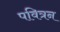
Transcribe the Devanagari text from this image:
पवित्रन